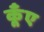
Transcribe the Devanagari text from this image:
कूँए